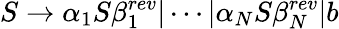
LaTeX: S\to\alpha_{1}S\beta_{1}^{rev}|\cdots|\alpha_{N}S\beta_{N}^{rev}|b